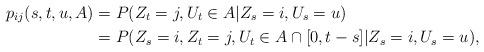
LaTeX: \begin{align*}p_{ij}(s,t,u,A) &= P(Z_t = j,U_t\in A|Z_s = i,U_s = u)\\&= P(Z_s = i, Z_t = j,U_t\in A\cap[0,t-s]|Z_s = i,U_s = u),\end{align*}